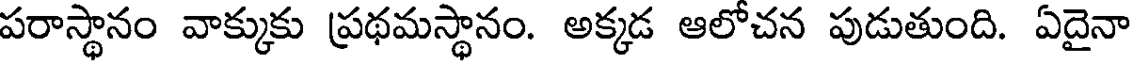
పరాస్థానం వాక్కుకు ప్రథమస్థానం. అక్కడ ఆలోచన పుడుతుంది. ఏదైనా